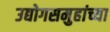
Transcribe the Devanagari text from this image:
उद्योगसमुहांच्या